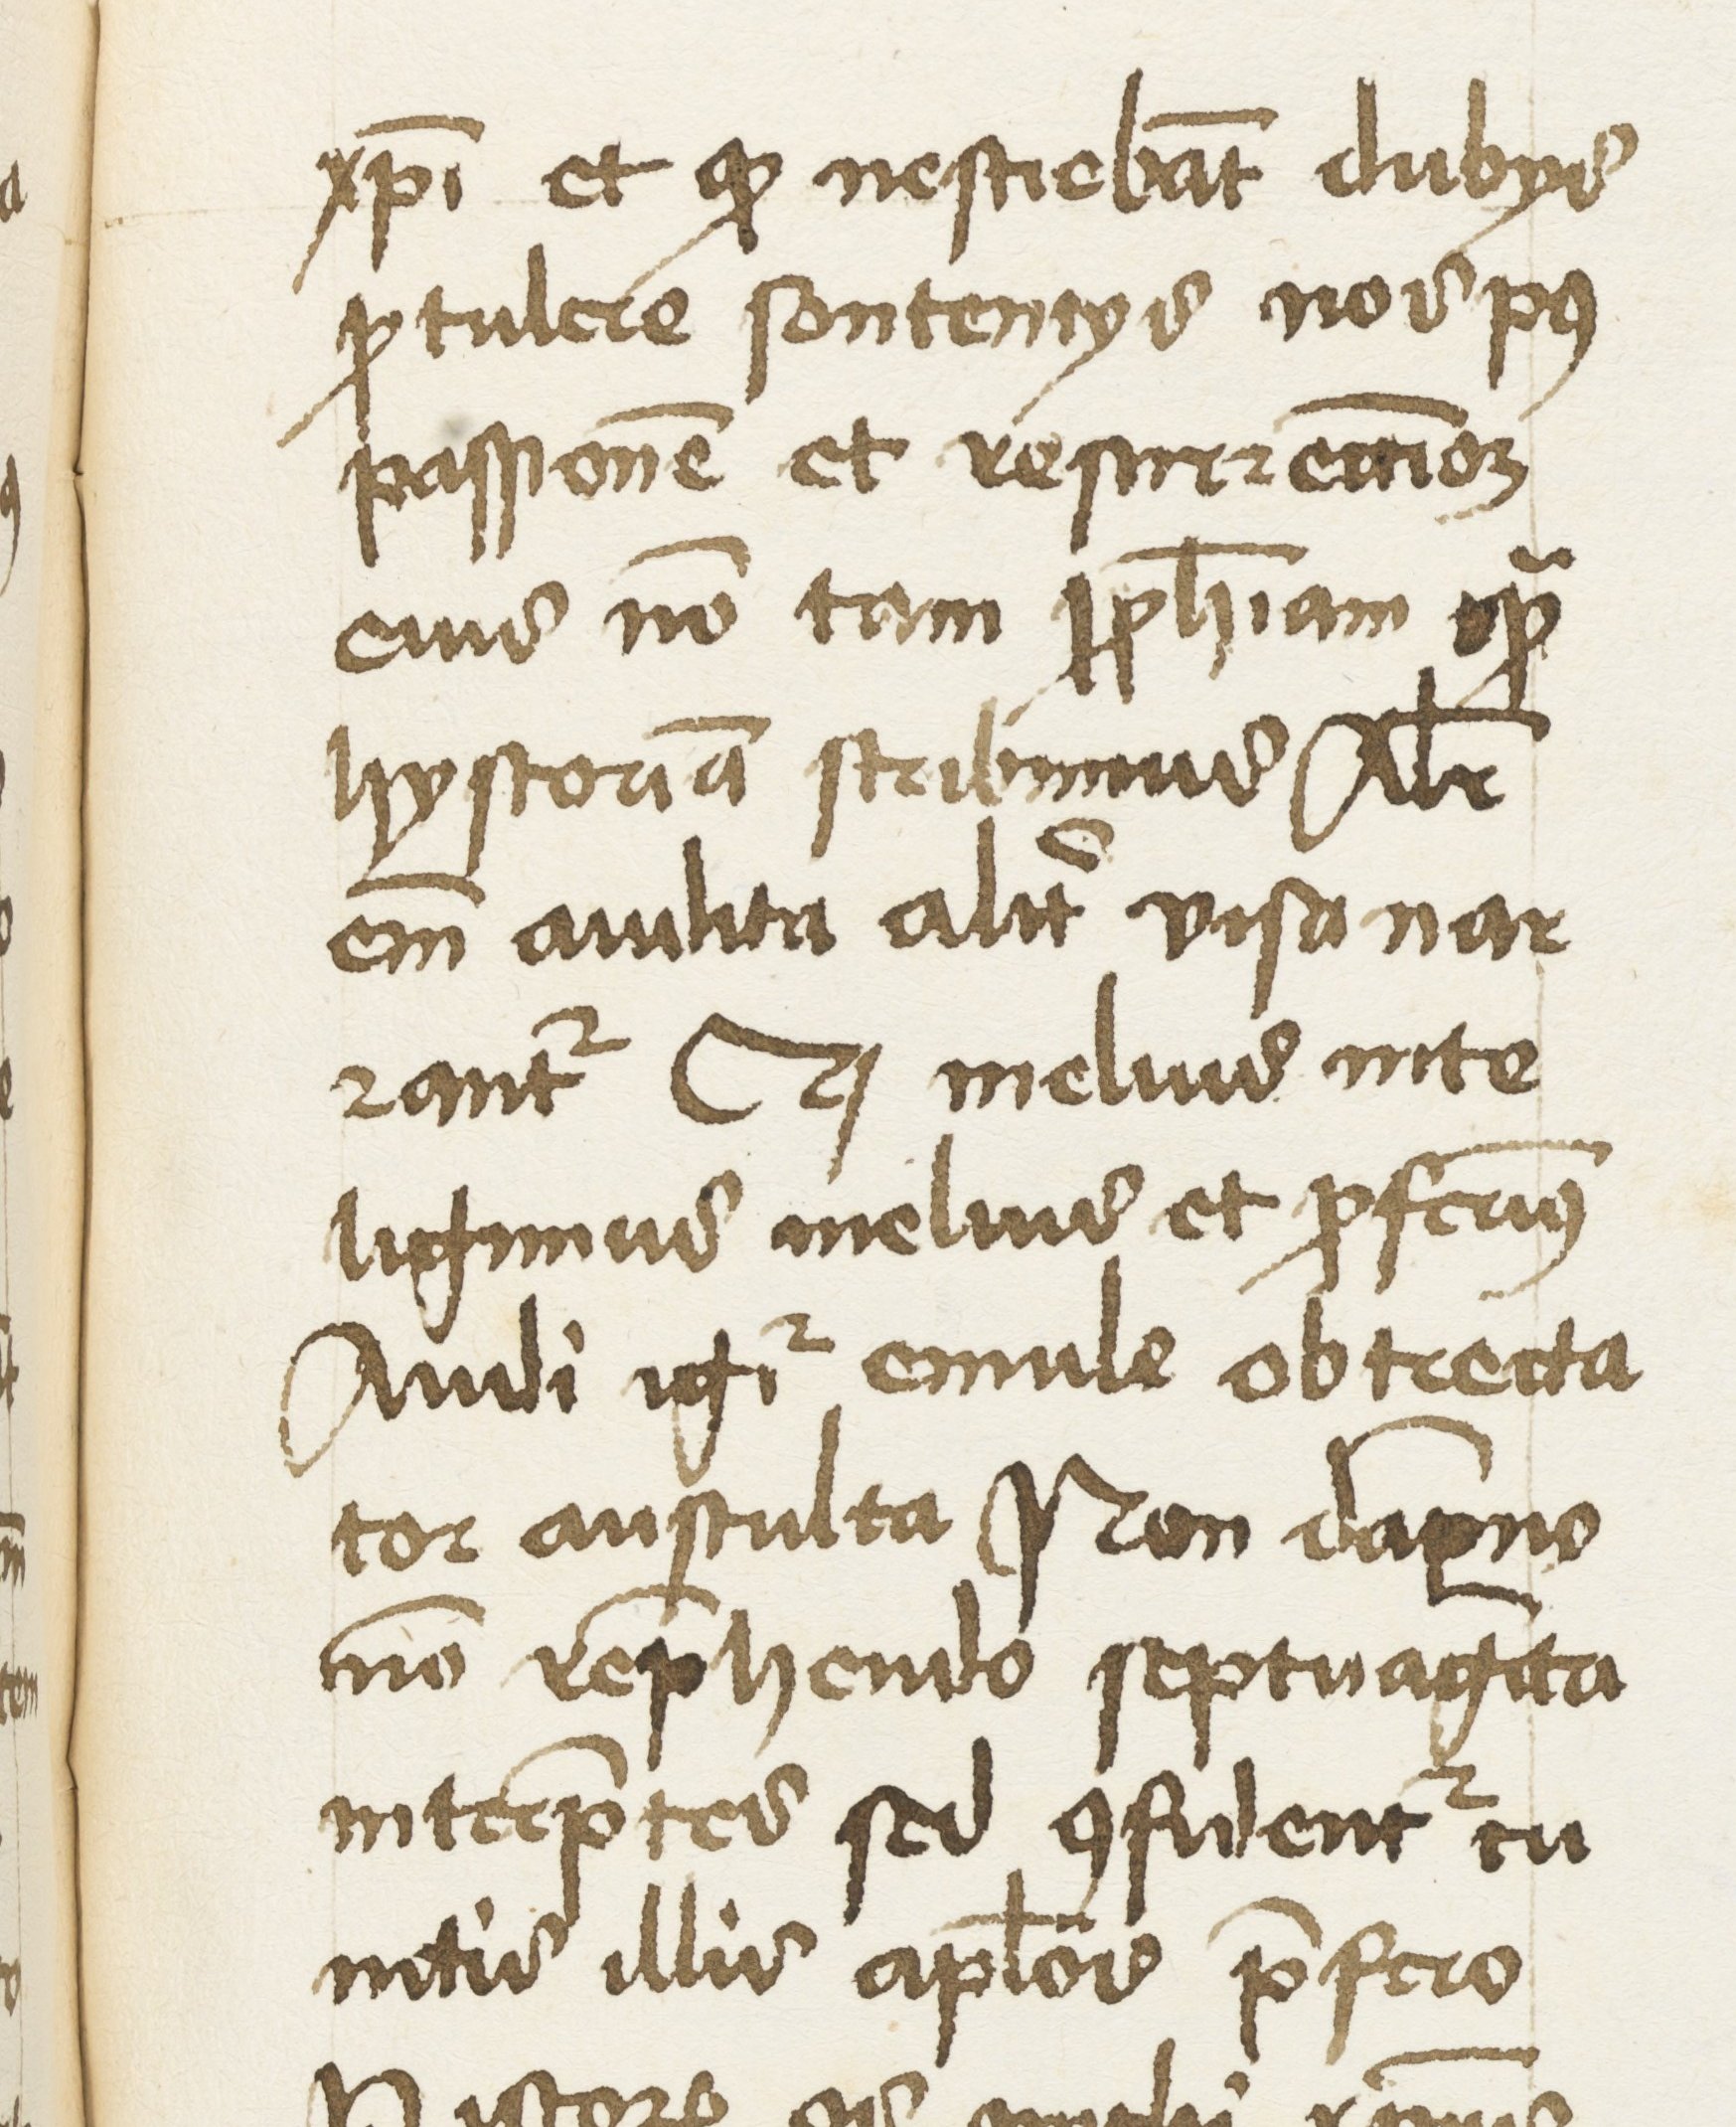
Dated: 1459–1461